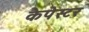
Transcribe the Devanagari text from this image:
कैपेस्टर